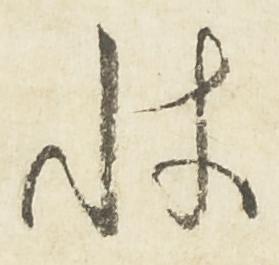
状